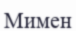
Мимен